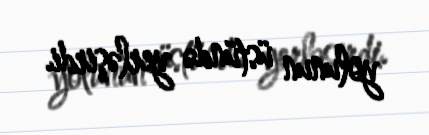
yolunun üstündə yerləşirdi.